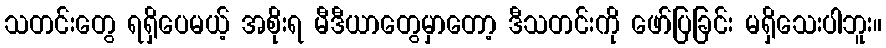
သတင်းတွေ ရရှိပေမယ့် အစိုးရ မီဒီယာတွေမှာတော့ ဒီသတင်းကို ဖော်ပြခြင်း မရှိသေးပါဘူး။